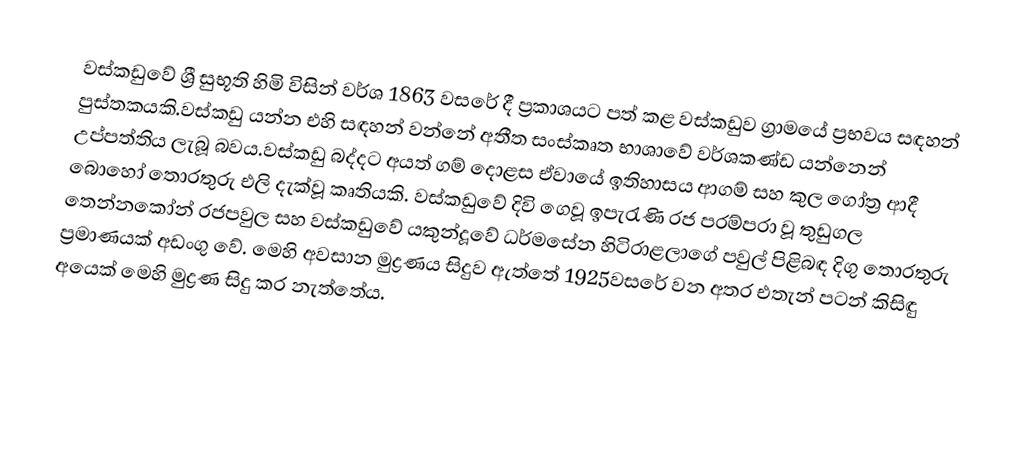
වස්කඩුවේ ශ්‍රී සුභූති හිමි විසින් වර්ශ 1863 වසරේ දී ප්‍රකාශයට පත් කළ වස්කඩුව  ග්‍රාමයේ ප්‍රභවය සඳහන් පුස්තකයකි.වස්කඩු යන්න එහි සඳහන් වන්නේ අතීත සංස්කෘත භාශාවේ වර්ශකණ්ඩ යන්නෙන් උප්පත්තිය ලැබූ බවය.වස්කඩු බද්දට අයත් ගම් දොළස ඒවායේ ඉතිහාසය ආගම් සහ කුල ගෝත්‍ර ආදී බොහෝ තොරතුරු එලි දැක්වූ කෘතියකි. වස්කඩුවේ දිවි ගෙවූ ඉපැරැණි රජ පරම්පරා වූ තුඩුගල තෙන්නකෝන් රජපවුල සහ වස්කඩුවේ යකුන්දූවේ ධර්මසේන හිටිරාළලාගේ පවුල් පිළිබඳ දිගු තොරතුරු ප්‍රමාණයක් අඩංගු වේ. මෙහි අවසාන මුද්‍රණය සිදුව ඇත්තේ 1925වසරේ වන අතර එතැන් පටන් කිසිඳු අයෙක් මෙහි මුද්‍රණ සිදු කර නැත්තේය.